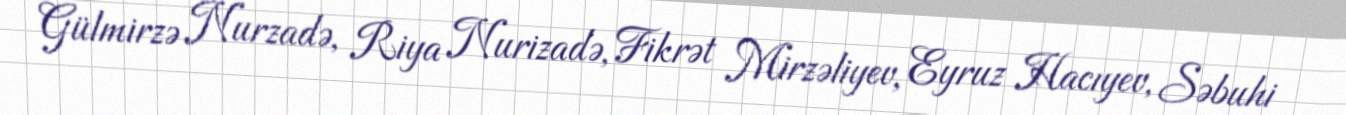
Gülmirzə Nurzadə, Riya Nurizadə, Fikrət Mirzəliyev, Eyruz Hacıyev, Səbuhi